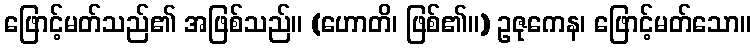
ဖြောင့်မတ်သည်၏ အဖြစ်သည်။ (ဟောတိ၊ ဖြစ်၏။) ဥဇုကေန၊ ဖြောင့်မတ်သော။